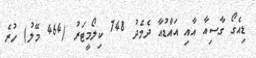
ޑިއެގޯ ގާސިއާ އާއި އައްޑުއާ ދެމެދު 748 ކިލޯމީޓަރު (464 މޭލު) ހުރެ